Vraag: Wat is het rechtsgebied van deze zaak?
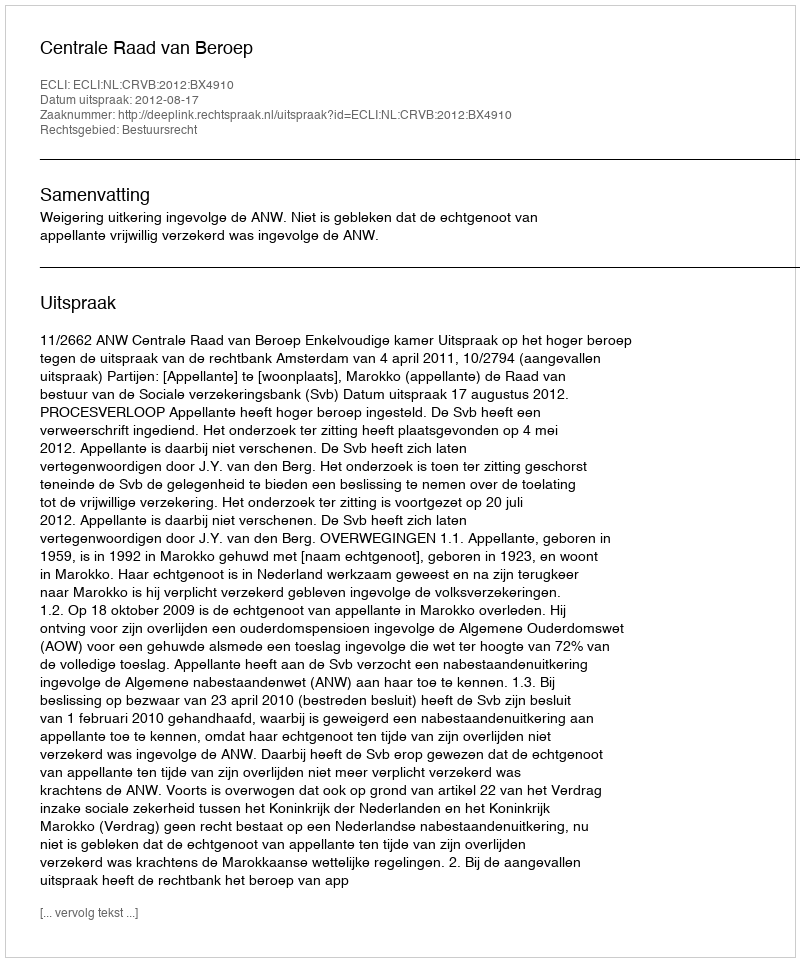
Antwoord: Bestuursrecht